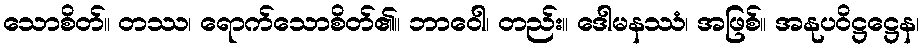
သောစိတ်။ တဿ၊ ရောက်သောစိတ်၏။ ဘာဝေါ၊ တည်း။ ဒေါမနဿံ၊ အဖြစ်။ အနုပဝိဋ္ဌဋ္ဌေန၊